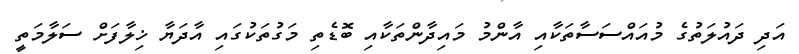
އަދި ދައުލަތުގެ މުއައްސަސާތަކާއި އާންމު މައިދާންތަކާއި ބޮޑެތި މަގުތަކުގައި އާދަޔާ ޚިލާފަށް ސަލާމަތީ